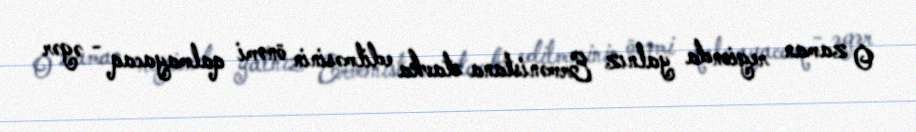
O zaman regionda yalnız Ermənistana stavka edilməsinin önəmi qalmayacaq - əgər